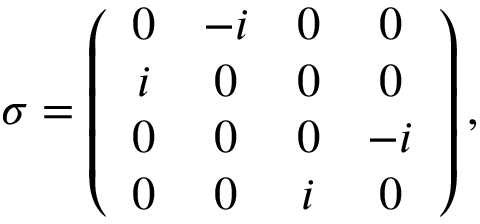
\sigma = \left( \begin{array} { c c c c } { 0 } & { - i } & { 0 } & { 0 } \\ { i } & { 0 } & { 0 } & { 0 } \\ { 0 } & { 0 } & { 0 } & { - i } \\ { 0 } & { 0 } & { i } & { 0 } \end{array} \right) ,